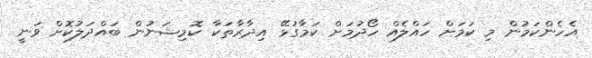
އެހެންކަމުން މި ކަމަށް ހައްލެއް ހޯދުމަށް ކަމާގުޅޭ އިދާރާތަކާ ކޮމިޝަނުން ބައްދަލުކޮށް ވަނީ